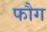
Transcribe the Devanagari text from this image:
फौग